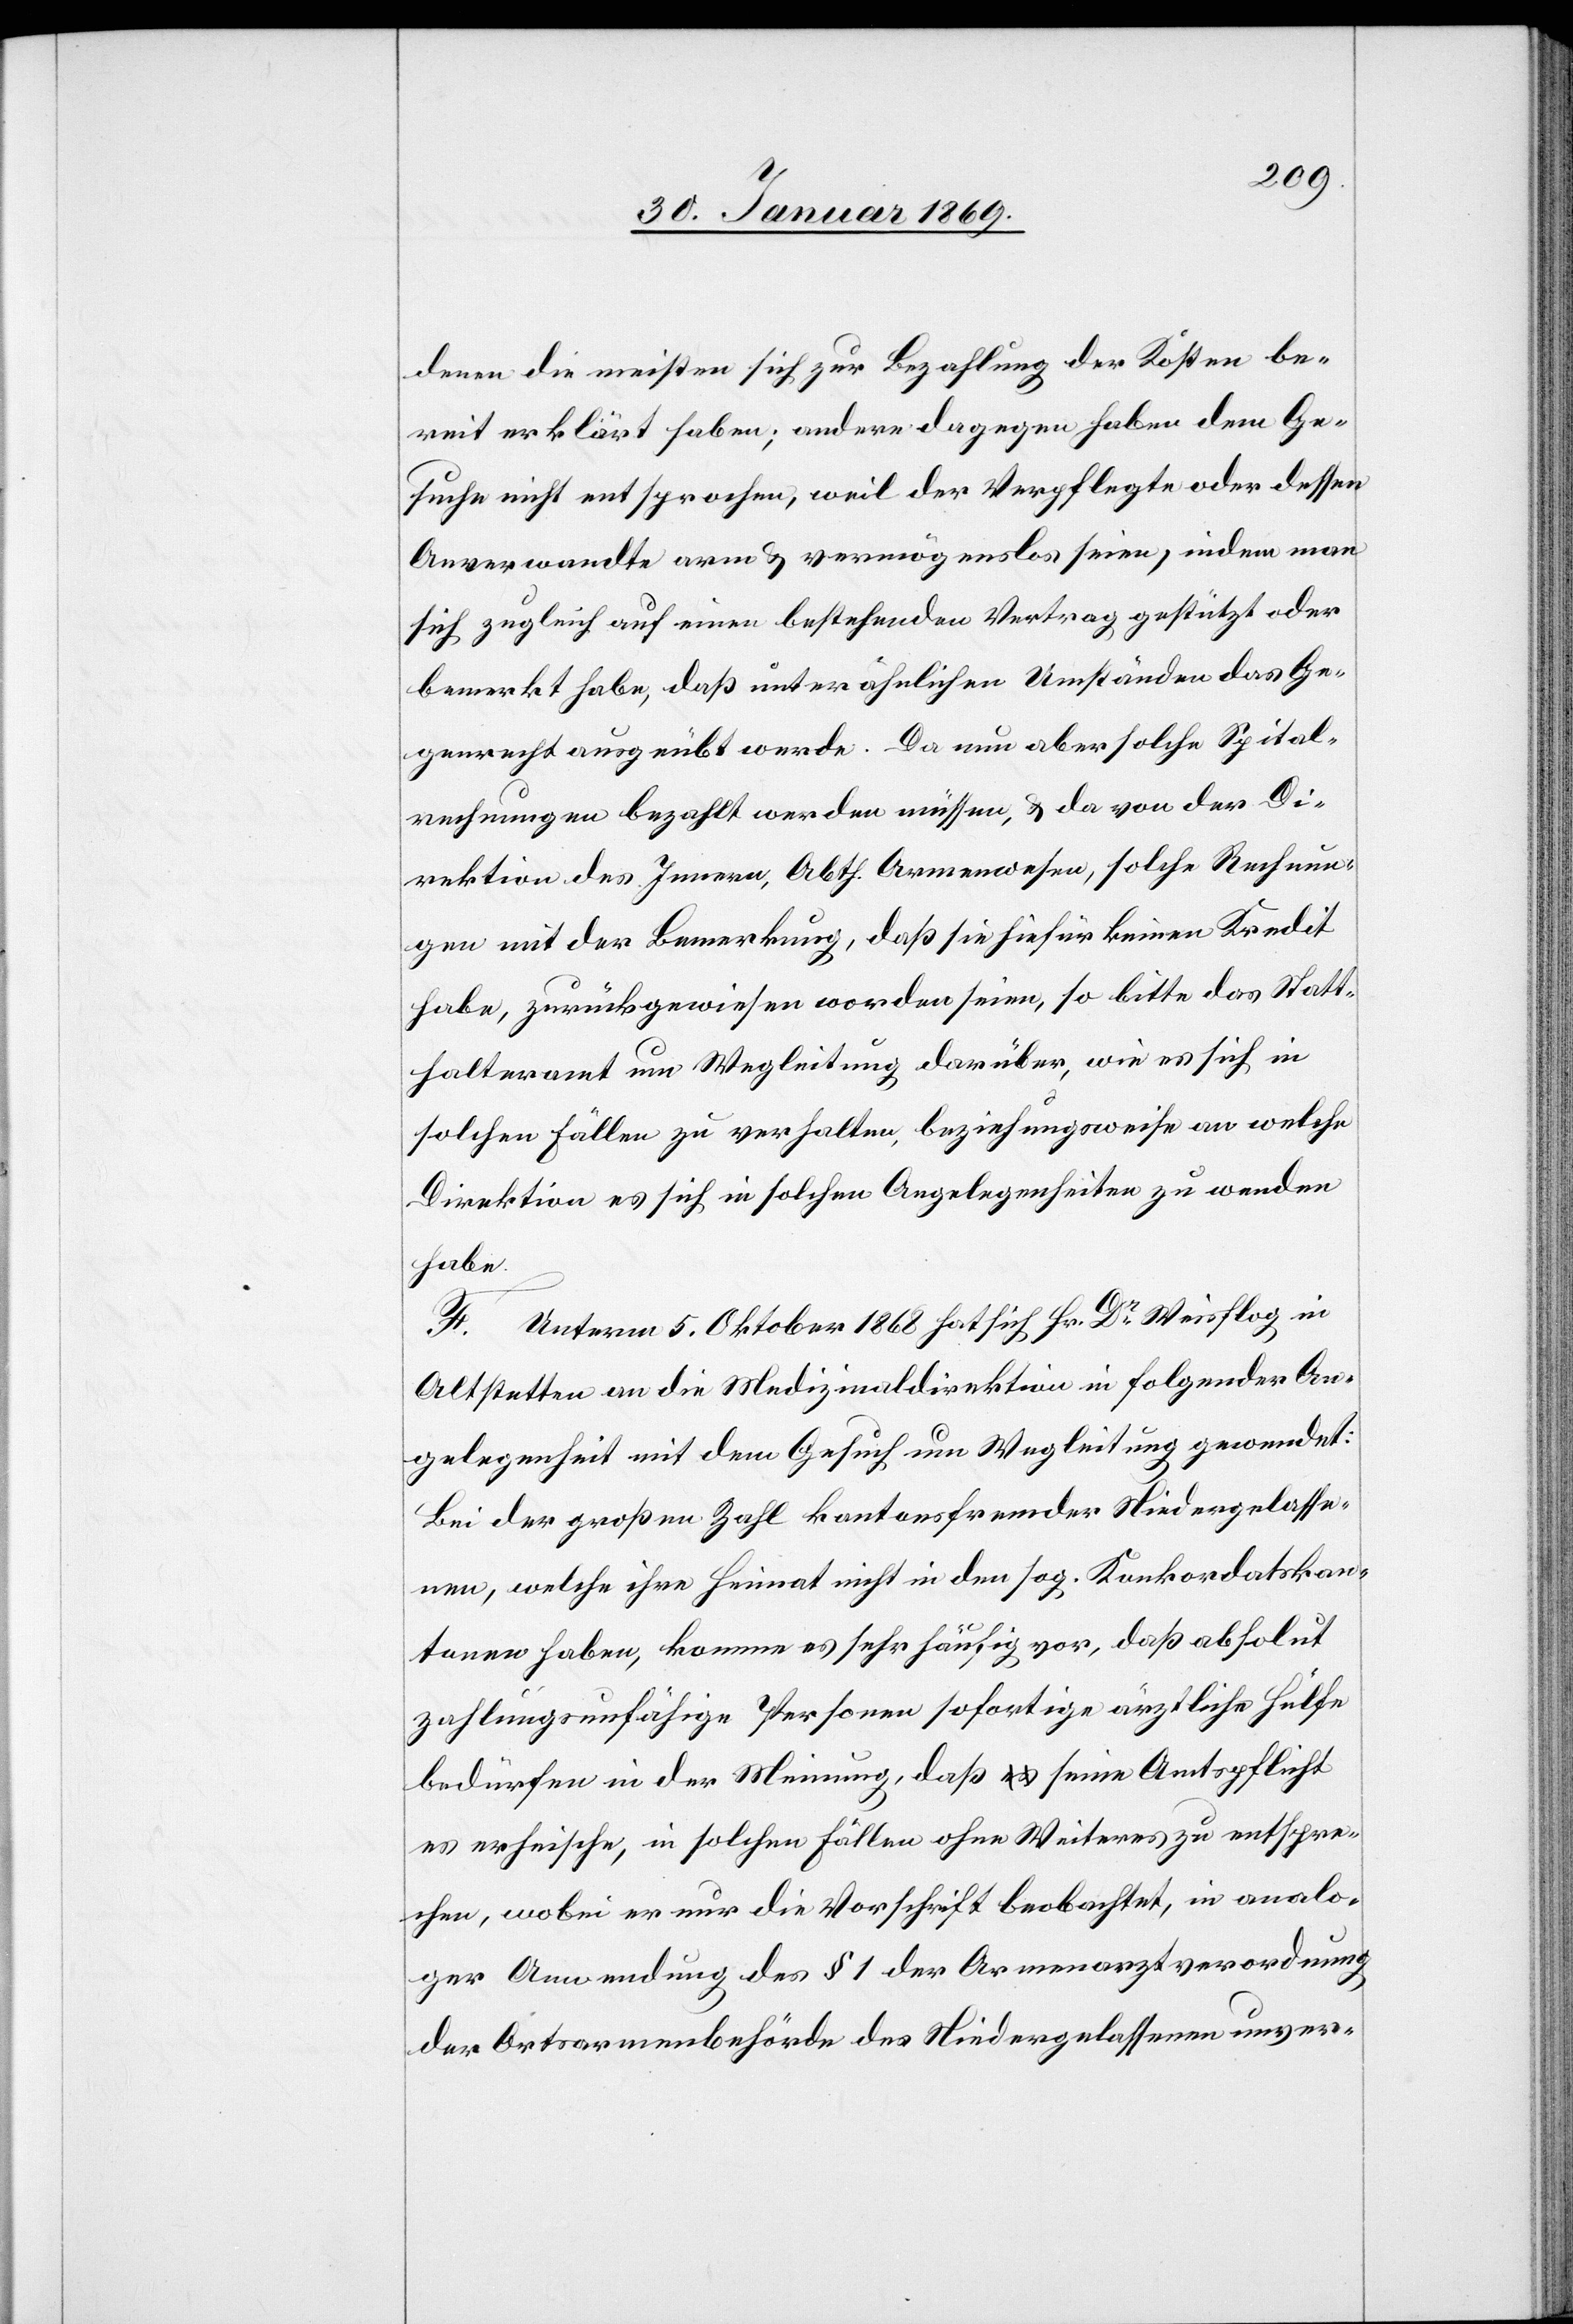
denen die meisten sich zur Bezahlung der Kosten be¬
reit erklärt haben; andere dagegen haben dem Ge¬
suche nicht entsprochen, weil der Verpflegte oder dessen
Anverwandte arm & vermögenslos seien, indem man
sich zugleich auf einen bestehenden Vertrag gestützt oder
bemerkt habe, da unter ähnlichen Umständen das Bü¬
rgerrecht ausgeübt werde. Da nun aber solche Spital¬
rechnungen bezahlt werden müssen, & da von der Di¬
rektion des Innern, Abth. Armenwesen, solche Rechnun¬
gen mit der Bemerkung, daß sie hiefür keinen Kredit
habe, zurückgewiesen worden seien, so bitte das Statt¬
halteramt um Wegleitung darüber, wie es sich in
solchen Fällen zu verhalten, beziehungsweise an welche
Direktion es sich in solchen Angelegenheiten zu wenden
habe.
F.
Unterm 5. Oktober 1868 hat sich Hr. Dr Weisflog in
Altstetten an die Medizinaldirektion in folgender An¬
gelegenheit mit dem Gesuch um Wegleitung gewendet:
Bei der großen Zahl kantonsfremder Niedergelasse¬
nen, welche ihre Heimat nicht in den sog. Konkordatskan¬
tonen haben, komme es sehr häufig vor, daß absolut
zahlungsunfähige Personen sofortige ärztliche Hülfe
bedürfen in der Meinung, daß seine Amtspflicht
es erheische, in solchen Fällen ohne Weiteres zu entspre¬
chen, wobei es nur die Vorschrift beobachtet, in analo¬
ger Anwendung des § 1 der Armenarztverordnung
der Ortsarmenbehörde des Niedergelassenen unver-